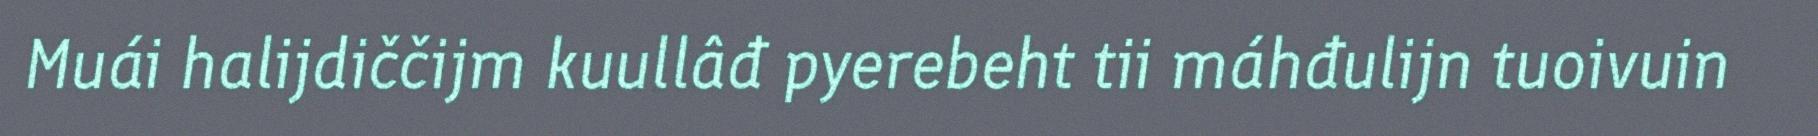
Muái halijdiččijm kuullâđ pyerebeht tii máhđulijn tuoivuin